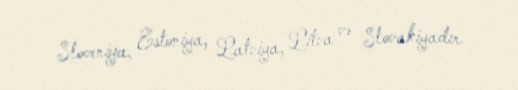
Sloveniya, Estoniya, Latviya, Litva və Slovakiyadır.